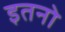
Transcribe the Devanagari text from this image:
इतनो